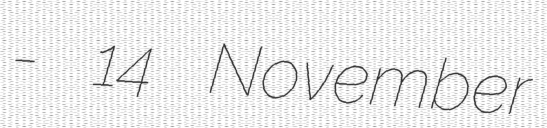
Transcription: - 14 November